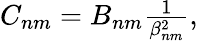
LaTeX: \begin{array}{r}{C_{nm}=B_{nm}\frac{1}{\beta_{nm}^{2}},}\end{array}